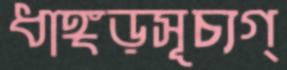
ধাঙ্গড়সূচ্যগ্